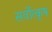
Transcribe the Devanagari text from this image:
सर्वोत्कृष